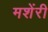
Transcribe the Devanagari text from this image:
मशेंरी